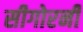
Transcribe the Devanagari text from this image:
सीगोरनी